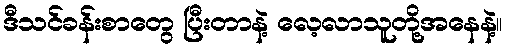
ဒီသင်ခန်းစာတွေ ပြီးတာနဲ့ လေ့လာသူတို့အနေနဲ့။